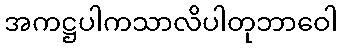
အကဋ္ဌပါကသာလိပါတုဘာဝေါ